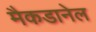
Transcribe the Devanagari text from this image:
मैकडानेल